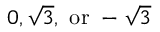
0 , { \sqrt { 3 } } , { \mathrm { ~ o r ~ } } - { \sqrt { 3 } }